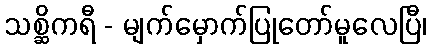
သစ္ဆိကရီ - မျက်မှောက်ပြုတော်မူလေပြီ၊